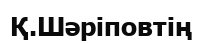
Қ.Шәріповтің